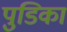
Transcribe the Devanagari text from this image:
पुडिका